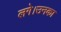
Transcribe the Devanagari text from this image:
लगे।उनका